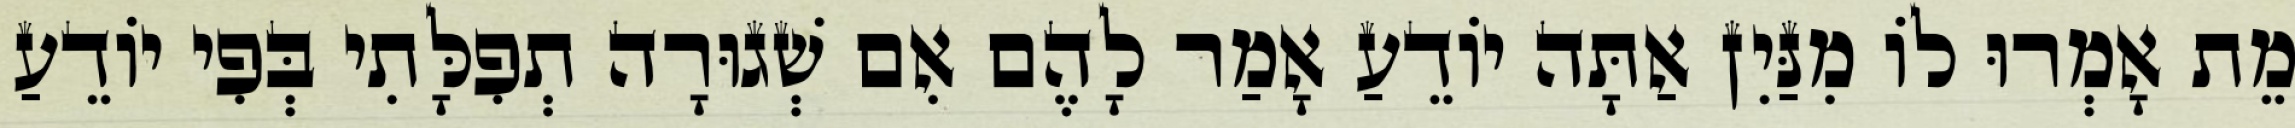
מֵת אָמְרוּ לוֹ מִנַּיִן אַתָּה יוֹדֵעַ אָמַר לָהֶם אִם שְׁגוּרָה תְפִלָּתִי בְּפִי יוֹדֵעַ